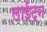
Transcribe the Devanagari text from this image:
लाईट्न